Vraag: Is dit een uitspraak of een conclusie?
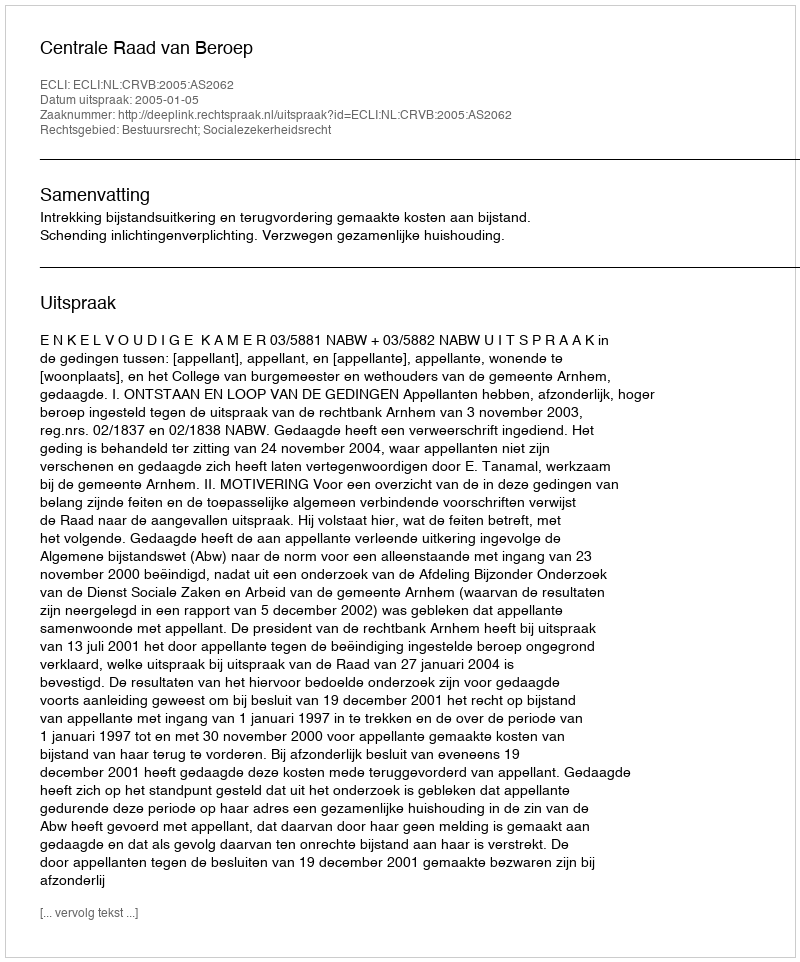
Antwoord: Uitspraak